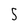
Character: 5